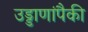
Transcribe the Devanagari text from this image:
उड्डाणांपैकी